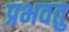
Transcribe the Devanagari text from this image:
प्रभवतु